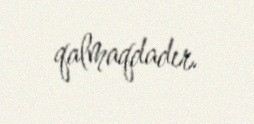
qalmaqdadır.